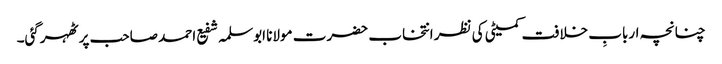
چنانچہ اربابِ خلافت کمیٹی کی نظر انتخاب حضرت مولانا ابوسلمہ شفیع احمد صاحب پر ٹھہرگئی۔